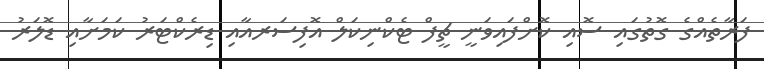
ފަރާތެއްގެ ގޮތުގައި ސޮއި ކޮށްފައިވަނީ ޗީފް ޓެކްނިކަލް އޮފިސަރއާއި ޑިރެކްޓަރު ކަމަށާއި ޑޮލަރު